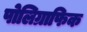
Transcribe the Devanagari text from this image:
पोलिग्राफिक